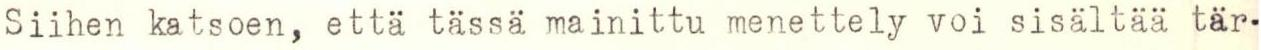
Siihen katsoen, että tässä mainittu menettely voi sisältää tär-